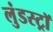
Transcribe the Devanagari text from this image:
लुंडस्ट्राॅ